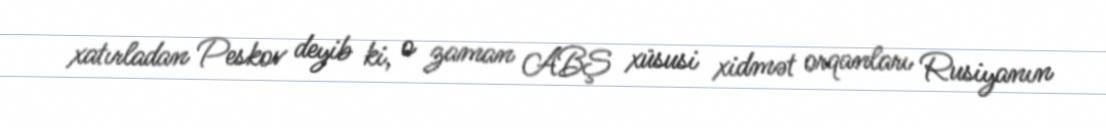
xatırladan Peskov deyib ki, o zaman ABŞ xüsusi xidmət orqanları Rusiyanın